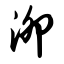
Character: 泖